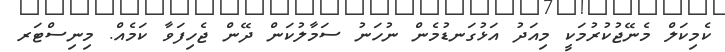
ކެމިކަލް މެނޭޖުކުރުމަކީ މިއަދު އަޅުގަނޑުމެން ނުހަނު ސަމާލުކަން ދޭން ޖެހިފަވާ ކަމެއް. މިނިސްޓަރ